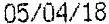
05/04/18